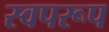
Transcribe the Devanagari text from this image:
स्वपरूप